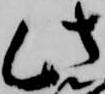
此